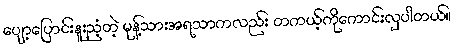
ပျော့ပြောင်းနူးညံ့တဲ့ မုန့်သားအရသာကလည်း တကယ့်ကိုကောင်းလှပါတယ်။